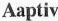
Aaptiv